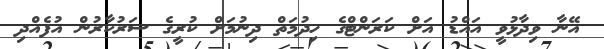
އޭނާ ވިދާޅުވީ އައްޑު އަށް ކަރަންޓްގެ ހިދުމަތް ދިނުމަށް ކުރީގެ ސަރުކާރުން އުފެއްދި